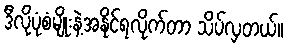
ဒီလိုပုံစံမျိုးနဲ့အနိုင်ရလိုက်တာ သိပ်လှတယ်။